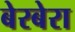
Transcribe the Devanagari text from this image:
बेरबेरा